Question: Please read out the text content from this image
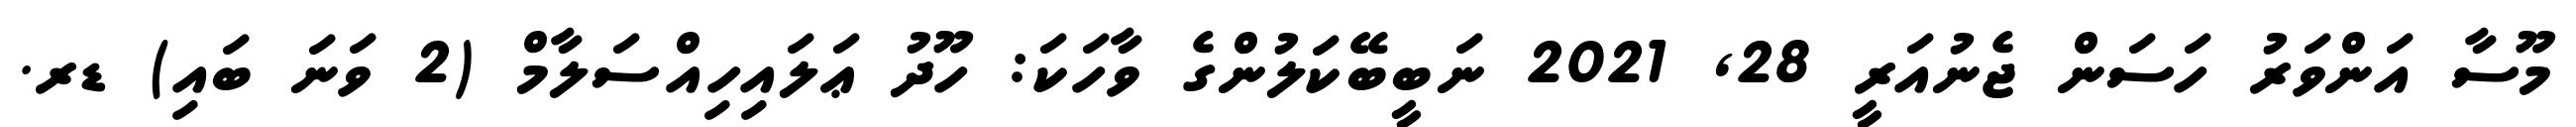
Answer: މޫސާ އަންވަރު ހަސަން ޖެނުއަރީ 28, 2021 ނަބީބޭކަލުންގެ ވާހަކަ: ހޫދު ޢަލައިހިއްސަލާމް (2 ވަނަ ބައި) ޑރ.